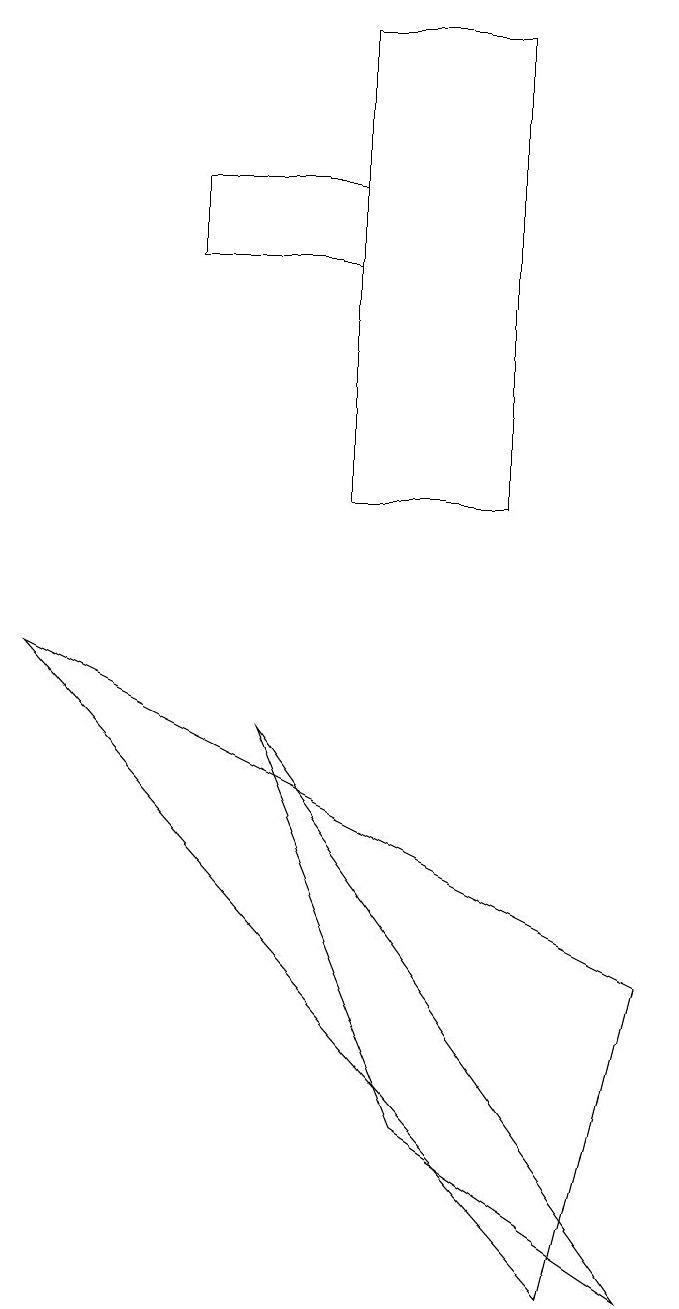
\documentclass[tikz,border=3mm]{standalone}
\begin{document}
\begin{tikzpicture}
\draw (6,16) rectangle (4,10);
\draw (2,14) rectangle (4,13);
\draw (8,4) -- (7,0) -- (0,8) -- cycle;
\draw (3,7) -- (8,0) -- (5,2) -- cycle;
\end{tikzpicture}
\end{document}